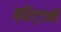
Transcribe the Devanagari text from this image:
ब्रिट्टनी